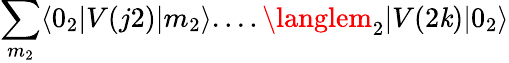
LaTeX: \sum_{m_{2}}\langle0_{2}|V(j2)|m_{2}\rangle....\langlem_{2}|V(2\mathit{k})|0_{2}\rangle